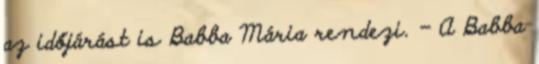
az időjárást is Babba Mária rendezi. - A Babba